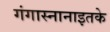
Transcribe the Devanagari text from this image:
गंगास्नानाइतके